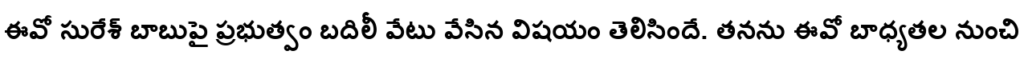
ఈవో సురేశ్ బాబుపై ప్రభుత్వం బదిలీ వేటు వేసిన విషయం తెలిసిందే. తనను ఈవో బాధ్యతల నుంచి